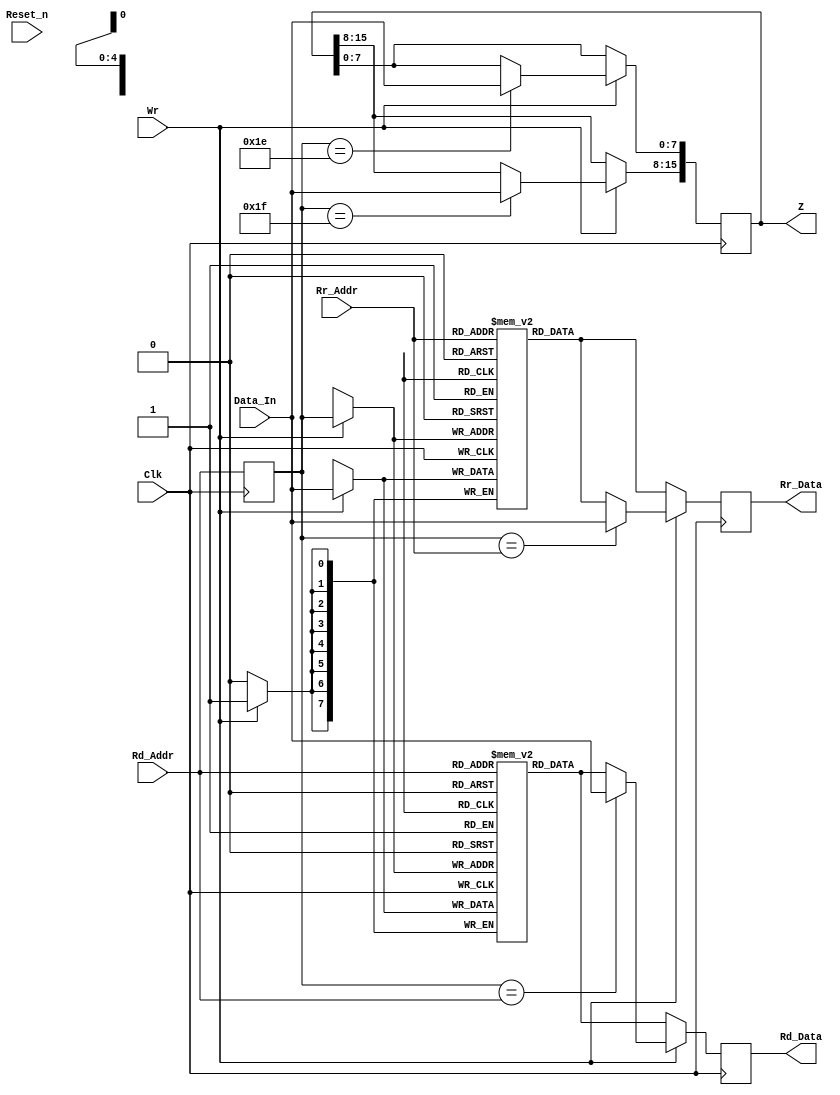
module mf8_reg(Clk, Reset_n, Wr, Rd_Addr, Rr_Addr, Data_In, Rd_Data, Rr_Data, Z);
	input			Clk;
	input			Reset_n;
	input			Wr;
	input	[4:0]	Rd_Addr;
	input	[4:0]	Rr_Addr;
	input	[7:0]	Data_In;
	output	[7:0]	Rd_Data;
	reg	[7:0]	Rd_Data;		// appended automatically by vhdl2verilog.
	output	[7:0]	Rr_Data;
	reg	[7:0]	Rr_Data;		// appended automatically by vhdl2verilog.
	output	[15:0]	Z;
	reg	[15:0]	Z;		// appended automatically by vhdl2verilog.


	reg 	[7:0]	RegD	[31:0];
	reg 	[7:0]	RegR	[31:0];
	reg 	[4:0]	Rd_Addr_r;

	always @(posedge Clk) begin
		Rd_Addr_r	<= Rd_Addr;
		Rd_Data	<= RegD[Rd_Addr];
		Rr_Data	<= RegR[Rr_Addr];
		if (Wr == 1'b1) begin
			RegD[Rd_Addr_r]	<= Data_In;
			RegR[Rd_Addr_r]	<= Data_In;
			if (Rd_Addr_r == Rd_Addr) begin
				Rd_Data	<= Data_In;
			end
			if (Rd_Addr_r == Rr_Addr) begin
				Rr_Data	<= Data_In;
			end
			if (Rd_Addr_r == 5'b11110) begin
				Z[7:0]	<= Data_In;
			end
			if (Rd_Addr_r == 5'b11111) begin
				Z[15:8]	<= Data_In;
			end
		end
	end
endmodule